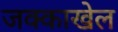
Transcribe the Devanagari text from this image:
जक्काखेल